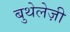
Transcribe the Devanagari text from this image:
बुथेलेज़ी